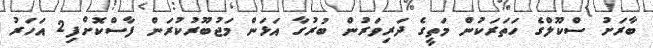
ބާރަށު ސްކޫލްގެ ހަތަރަކުން މަތީގެ ދަރިވަރުން ބުރުގާ އަޅަން މަޖުބޫރުކުރަން ފާސްކޮށްފި2 އަހަރު